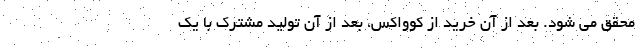
محقق می شود. بعد از آن خرید از کوواکس، بعد از آن تولید مشترک با یک